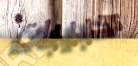
حبيبات